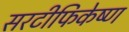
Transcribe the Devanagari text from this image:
सरटीफिकेष्ण